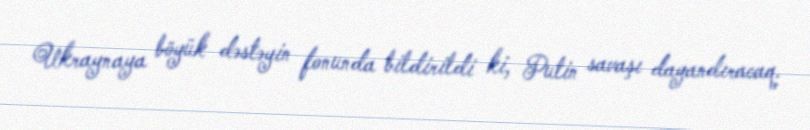
Ukraynaya böyük dəstəyin fonunda bildirildi ki, Putin savaşı dayandıracaq.